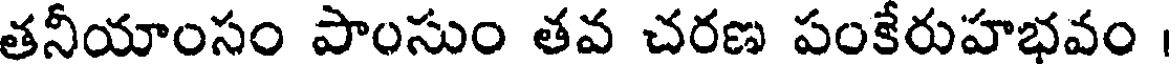
తనీయాంసం పాంసుం తవ చరణ పంకేరుహభవం